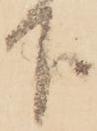
下